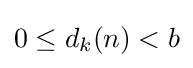
0\leq d_{k}(n)<b